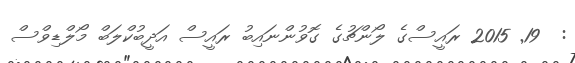
:  19